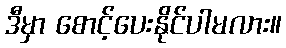
ဒီမှာ စောင့်ပေးနိုင်ပါမလား။